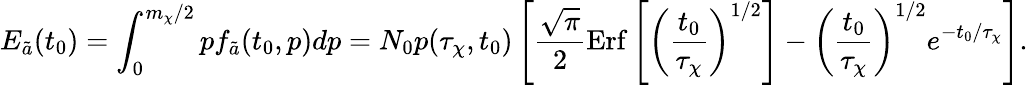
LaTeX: E_{\tilde{a}}(t_{0})=\int_{0}^{m_{\chi}/2}pf_{\tilde{a}}(t_{0},p)dp=N_{0}p(\tau_{\chi},t_{0})\left[\frac{\sqrt{\pi}}{2}\mathrm{Erf}\left[\left(\frac{t_{0}}{\tau_{\chi}}\right)^{1/2}\right]-\left(\frac{t_{0}}{\tau_{\chi}}\right)^{1/2}e^{-t_{0}/\tau_{\chi}}\right].